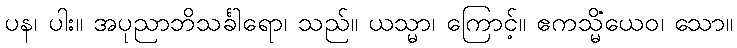
ပန၊ ပါး။ အပုညာဘိသင်္ခါရော၊ သည်။ ယသ္မာ၊ ကြောင့်။ ဧကသ္မိံယေဝ၊ သော။